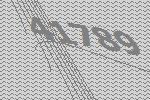
41789